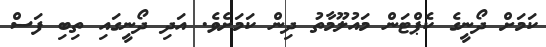
ކަމަށް ދޯނީގެ ކެޕްޓަން މައުލޫމާތު ދިން ކަމަށެވެ. އަދި ދޯނީގައި ތިބި ފަސް